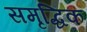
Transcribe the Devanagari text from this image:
समृद्धिक